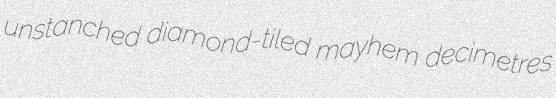
unstanched diamond-tiled mayhem decimetres